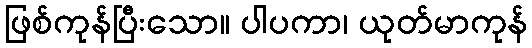
ဖြစ်ကုန်ပြီးသော။ ပါပကာ၊ ယုတ်မာကုန်